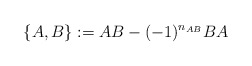
\begin{align*}\{ A, B \}: = AB - ( -1)^{n_{AB}} BA \end{align*}